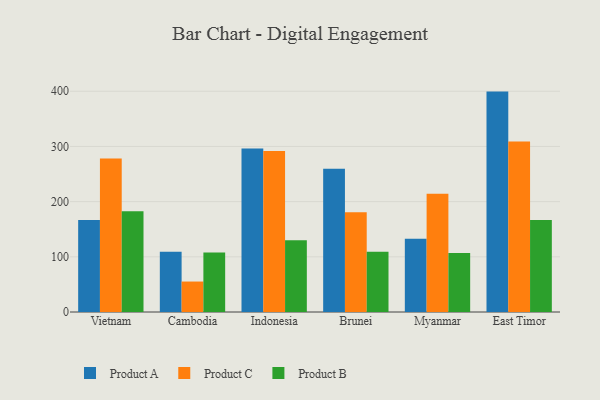
{"axis": {"x": "Country", "y": "Budget (USD K)"}, "legend": ["Product A", "Product B", "Product C"], "data": [{"x": "Vietnam", "y": 166.8, "type": "Product A"}, {"x": "Vietnam", "y": 278.1, "type": "Product C"}, {"x": "Vietnam", "y": 182.7, "type": "Product B"}, {"x": "Cambodia", "y": 109.4, "type": "Product A"}, {"x": "Cambodia", "y": 55.2, "type": "Product C"}, {"x": "Cambodia", "y": 107.7, "type": "Product B"}, {"x": "Indonesia", "y": 296.1, "type": "Product A"}, {"x": "Indonesia", "y": 291.7, "type": "Product C"}, {"x": "Indonesia", "y": 129.9, "type": "Product B"}, {"x": "Brunei", "y": 259.8, "type": "Product A"}, {"x": "Brunei", "y": 180.9, "type": "Product C"}, {"x": "Brunei", "y": 109.4, "type": "Product B"}, {"x": "Myanmar", "y": 132.7, "type": "Product A"}, {"x": "Myanmar", "y": 214.4, "type": "Product C"}, {"x": "Myanmar", "y": 107.0, "type": "Product B"}, {"x": "East Timor", "y": 399.4, "type": "Product A"}, {"x": "East Timor", "y": 308.9, "type": "Product C"}, {"x": "East Timor", "y": 166.8, "type": "Product B"}]}